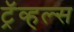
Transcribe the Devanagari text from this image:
ट्रॅव्हल्स